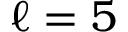
\ell = 5